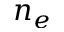
n _ { e }